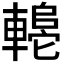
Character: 𬧼